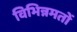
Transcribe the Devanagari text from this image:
विभिन्नमतों